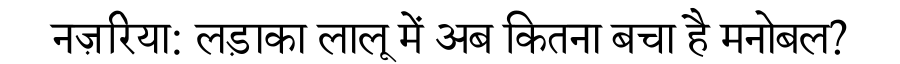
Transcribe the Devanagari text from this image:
नज़रिया: लड़ाका लालू में अब कितना बचा है मनोबल?